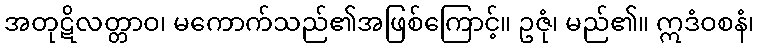
အတုဋိလတ္တာဝ၊ မကောက်သည်၏အဖြစ်ကြောင့်။ ဥဇုံ၊ မည်၏။ ဣဒံဝစနံ၊